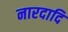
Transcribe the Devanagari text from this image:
नारदादि